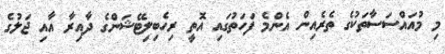
މި މުއައްސަސާތަކުގެ ތެރެއިން އެންމެ ފަހަތުގައި އޮތީ ރިހެބިލިޓޭޝަންގެ ދާއިރާ އާއި ޖަލުގެ